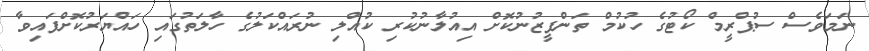
ނަމަވެސް ސުޕްރީމް ކޯޓުގެ ހުކުމް ތަންފީޒުނުކޮށް އިއުލާނުކުރި ކުއްލި ނުރައްކަލުގެ ހާލަތުގައި ހައްޔަރުކޮށްފައިވާ